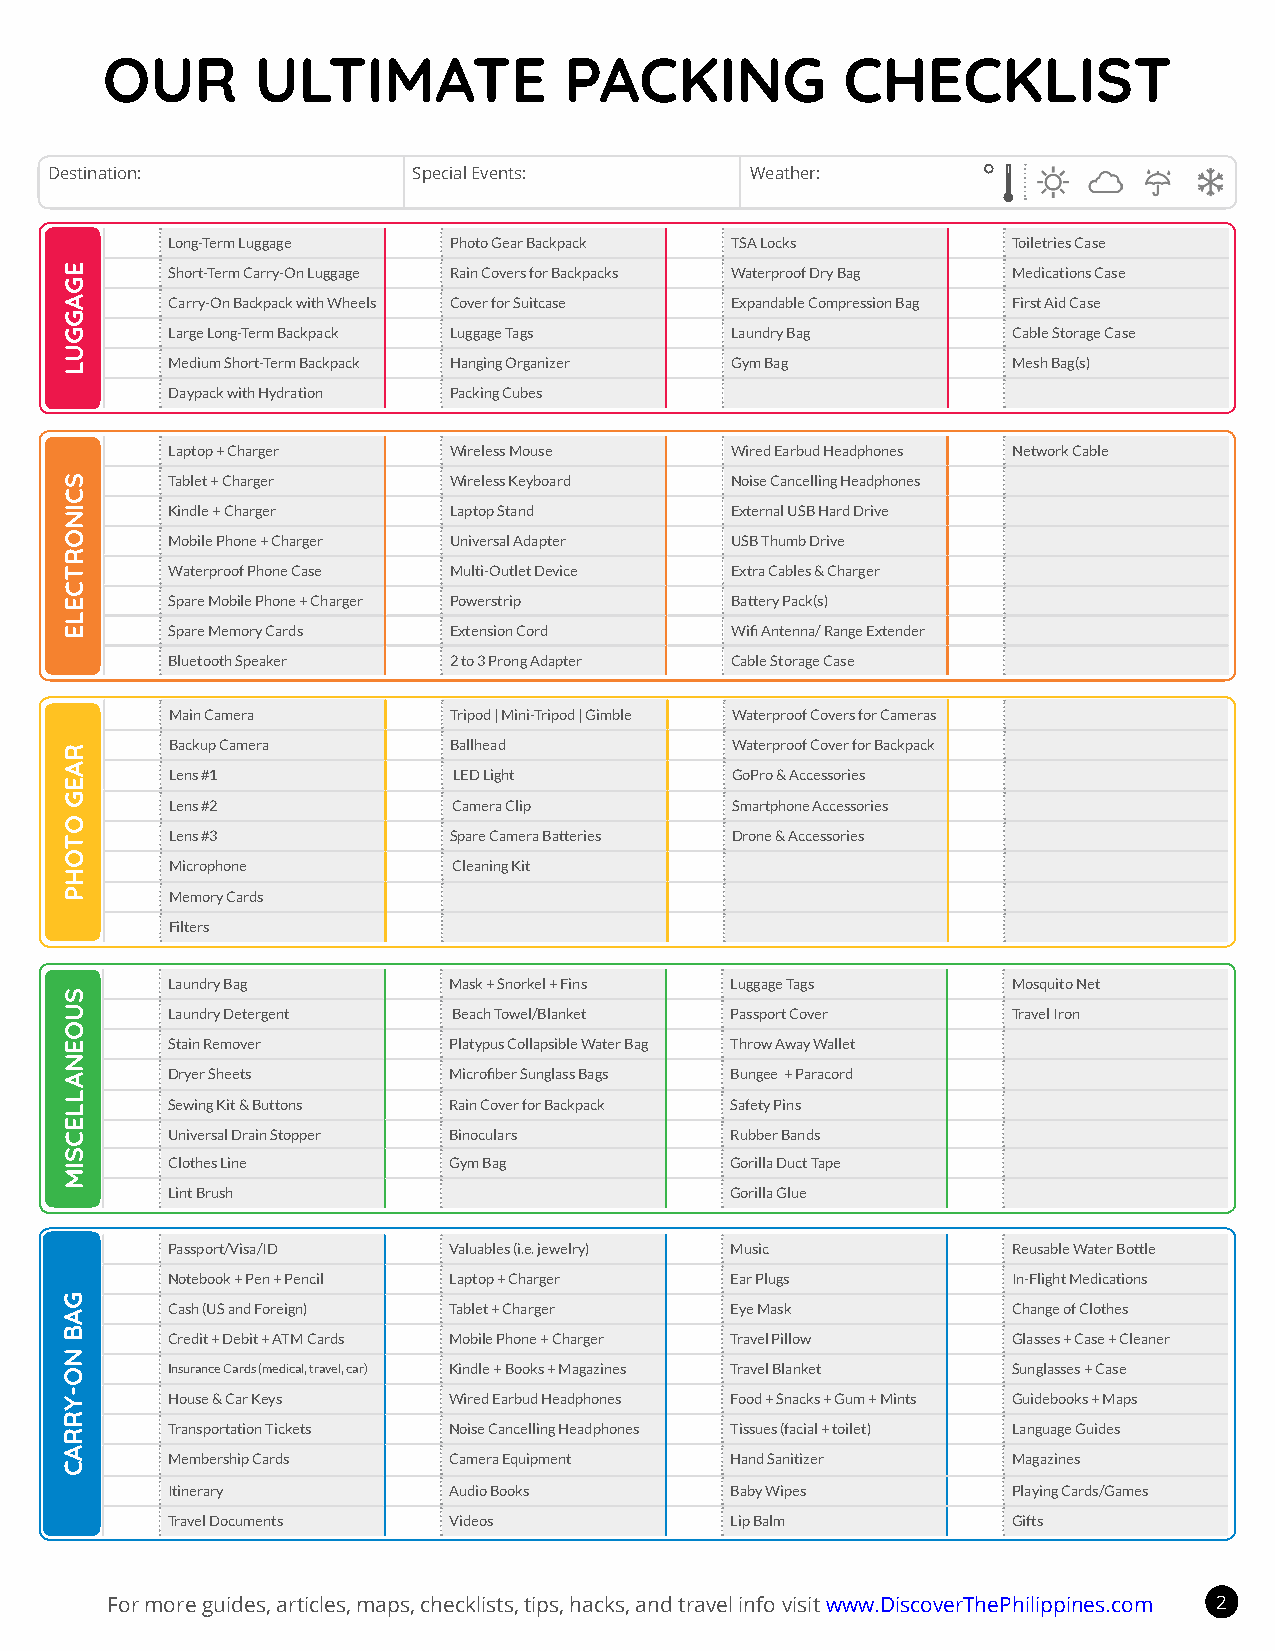
OUR       ULTIMATE            PACKING            CHECKLIST
 °
 Destination:            Special Events:        Weather:
 Long-Term Luggage  Photo Gear Backpack TSA Locks        Toiletries Case
 Short-Term Carry-On Luggage Rain Covers for Backpacks Waterproof Dry Bag Medications Case
 Carry-On Backpack with Wheels Cover for Suitcase Expandable Compression Bag First Aid Case
 Large Long-Term Backpack Luggage Tags Laundry Bag       Cable Storage Case
 Medium Short-Term Backpack Hanging Organizer Gym Bag    Mesh Bag(s)
 Daypack with Hydration Packing Cubes
 Laptop + Charger   Wireless Mouse    Wired Earbud Headphones Network Cable
 Tablet + Charger   Wireless Keyboard Noise Cancelling Headphones
 Kindle + Charger   Laptop Stand      External USB Hard Drive
 Mobile Phone + Charger Universal Adapter USB Thumb Drive
 Waterproof Phone Case Multi-Outlet Device Extra Cables & Charger
 Spare Mobile Phone + Charger Powerstrip Battery Pack(s)
 Spare Memory Cards Extension Cord    Wifi Antenna/ Range Extender
 Bluetooth Speaker  2 to 3 Prong Adapter Cable Storage Case
 Main Camera        Tripod | Mini-Tripod | Gimble Waterproof Covers for Cameras
 Backup Camera      Ballhead          Waterproof Cover for Backpack
 Lens #1            LED Light         GoPro & Accessories
 Lens #2            Camera Clip       Smartphone Accessories
 Lens #3            Spare Camera Batteries Drone & Accessories
 Microphone         Cleaning Kit
 Memory Cards
 Filters
 Laundry Bag        Mask + Snorkel + Fins Luggage Tags   Mosquito Net
 Laundry Detergent  Beach Towel/Blanket Passport Cover   Travel Iron
 Stain Remover      Platypus Collapsible Water Bag Throw Away Wallet
 Dryer Sheets       Microfiber Sunglass Bags Bungee + Paracord
 Sewing Kit & Buttons Rain Cover for Backpack Safety Pins
 Universal Drain Stopper Binoculars   Rubber Bands
 Clothes Line       Gym Bag           Gorilla Duct Tape
 Lint Brush                           Gorilla Glue
 Passport/Visa/ID   Valuables (i.e. jewelry) Music       Reusable Water Bottle
 Notebook + Pen + Pencil Laptop + Charger Ear Plugs      In-Flight Medications
 Cash (US and Foreign) Tablet + Charger Eye Mask         Change of Clothes
 Credit + Debit + ATM Cards Mobile Phone + Charger Travel Pillow Glasses + Case + Cleaner
 Insurance Cards (medical, travel, car) Kindle + Books + Magazines Travel Blanket Sunglasses + Case
 House & Car Keys   Wired Earbud Headphones Food + Snacks + Gum + Mints Guidebooks + Maps
 Transportation Tickets Noise Cancelling Headphones Tissues (facial + toilet) Language Guides
 Membership Cards   Camera Equipment  Hand Sanitizer     Magazines
 Itinerary          Audio Books       Baby Wipes         Playing Cards/Games
 Travel Documents   Videos            Lip Balm           Gifts
 For more guides, articles, maps, checklists, tips, hacks, and travel info visit www.DiscoverThePhilippines.com 2
 EGAGGUL
 SCINORTCELE
 RAEG
 OTOHP
 SUOENALLECSIM
 GAB
 NO-YRRAC